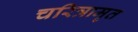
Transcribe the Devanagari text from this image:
चरित्रामृत